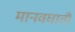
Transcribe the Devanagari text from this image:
मानवघाती